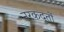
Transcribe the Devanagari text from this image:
नरकदूतों